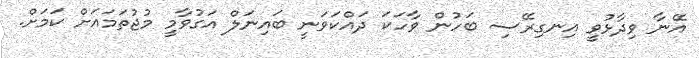
އޭނާ ވިދާޅުވީ އިނގިރޭސި ބަހުން ވާހަކަ ދައްކަވަނީ ބައިނަލް އަގުވާމީ މުޖުތަމައަށް ކަމަށް.